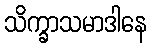
သိက္ခာသမာဒါနေ